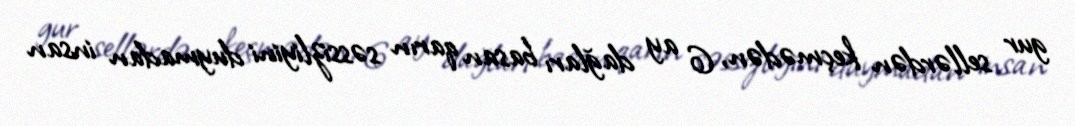
gur sellərdən keçmədən, 6 ay dağları basan qarın səssizliyini duymadan insan